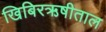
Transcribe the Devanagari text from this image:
खिबिरऋषीताल